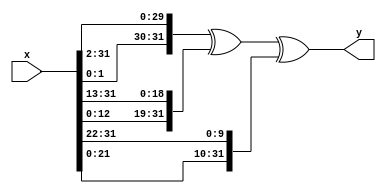
module e0 (x, y);

	input [31:0] x;
	output [31:0] y;

	assign y = {x[1:0],x[31:2]} ^ {x[12:0],x[31:13]} ^ {x[21:0],x[31:22]};

endmodule